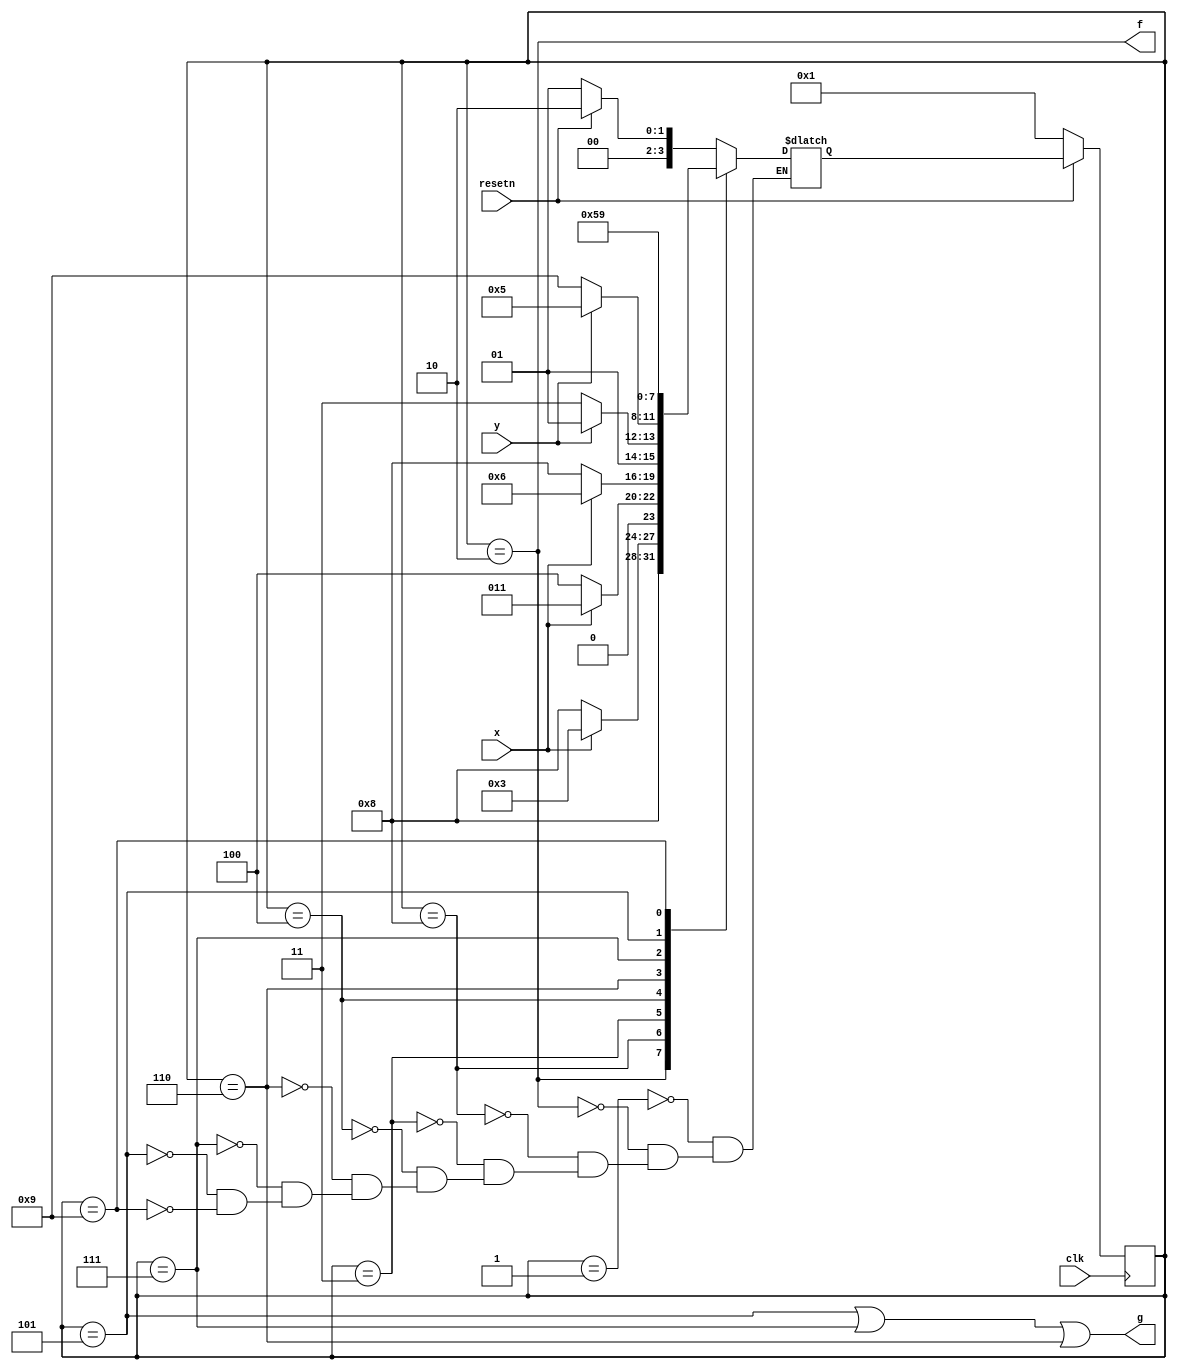
module top_module (
    input clk,
    input resetn,    // active-low synchronous reset
    input x,
    input y,
    output f,
    output g
); 

parameter idle = 1, F = 2, x1 = 3, x2 = 4, keep_g1 = 5, G = 6, y1 = 7, start = 8, keep_g0 = 9;
reg [3:0] state,nxt_state;

always @ (*) begin
    case (state)
        idle : nxt_state = (resetn) ? F : idle;
        F : nxt_state = start;
        start: nxt_state = (x) ? x1 : start;
        x1 : nxt_state = (!x) ? x2 : x1;
        x2 : nxt_state = (x) ? G : start;
        G : nxt_state = (y) ? keep_g1 : y1;
        y1 : nxt_state = (y) ? keep_g1 : keep_g0; 
        keep_g1 :nxt_state = keep_g1;
        keep_g0 :nxt_state = keep_g0;
    endcase
end

always@(posedge clk) begin
    if (~resetn)
        state <= idle;
    else
    state <= nxt_state;
end

assign f = (state == F);
assign g = (state == keep_g1 | state == y1 | state == G);
    
endmodule